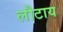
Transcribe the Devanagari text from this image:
लौटाय